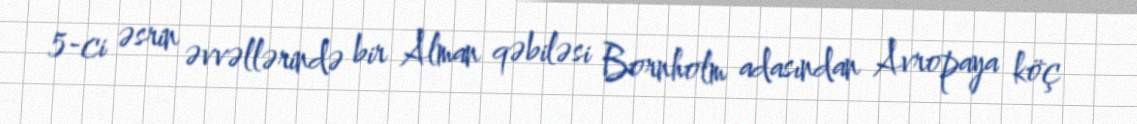
5-ci əsrin əvvəllərində bir Alman qəbiləsi Bornholm adasından Avropaya köç